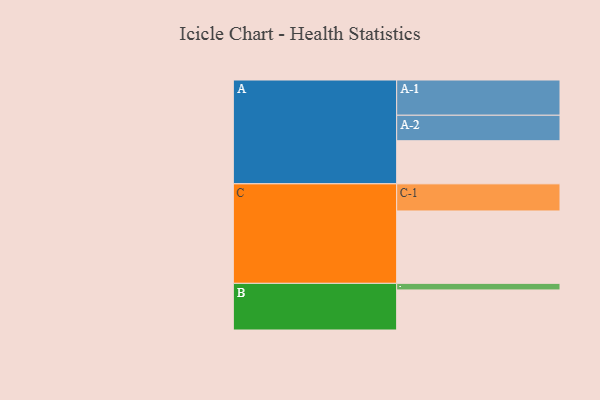
{"axis": {"x": "Segment", "y": "Value"}, "legend": ["", "A", "B", "C"], "data": [{"x": "A", "y": 340, "type": ""}, {"x": "B", "y": 316, "type": ""}, {"x": "C", "y": 571, "type": ""}, {"x": "A-1", "y": 278, "type": "A"}, {"x": "A-2", "y": 201, "type": "A"}, {"x": "B-1", "y": 52, "type": "B"}, {"x": "C-1", "y": 214, "type": "C"}]}